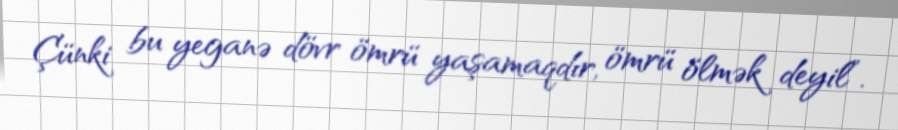
Çünki bu yeganə dövr ömrü yaşamaqdır, ömrü ölmək deyil”.